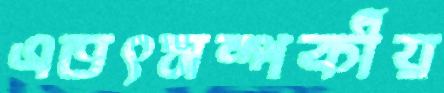
এতৎসম্পর্কীয়